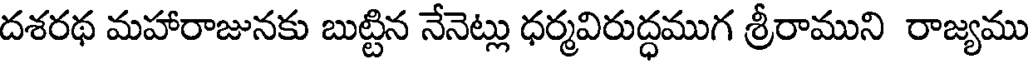
దశరథ మహారాజునకు బుట్టిన నేనెట్లు ధర్మవిరుద్ధముగ శ్రీరాముని రాజ్యము